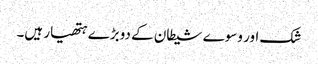
شک اور وسوے شیطان کے دوبڑے ہتھیار ہیں۔